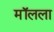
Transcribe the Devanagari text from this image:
मॉलला